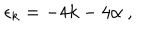
\epsilon _ { k } = - 4 k - 4 \alpha \ ,